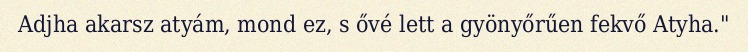
Adjha akarsz atyám, mond ez, s ővé lett a gyönyőrűen fekvő Atyha."